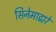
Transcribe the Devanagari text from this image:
सिनेमाद्वारे